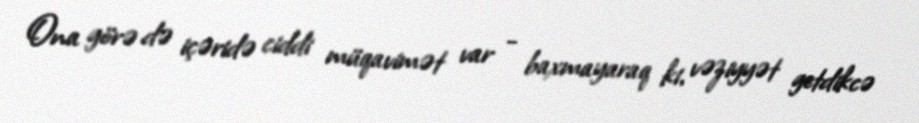
Ona görə də içəridə ciddi müqavimət var - baxmayaraq ki, vəziyyət getdikcə